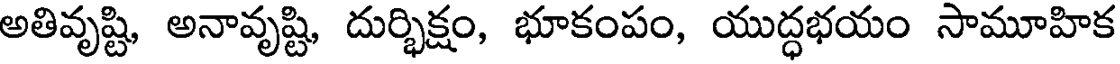
అతివృష్టి, అనావృష్టి, దుర్భిక్షం, భూకంపం, యుద్ధభయం సామూహిక